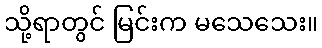
သို့ရာတွင် မြင်းက မသေသေး။